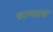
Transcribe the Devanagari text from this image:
धरणारच